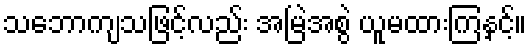
သဘောကျသဖြင့်လည်း အမြဲအစွဲ ယူမထားကြနှင့်။